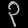
Digit: ၃